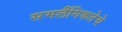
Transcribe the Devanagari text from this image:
समलैंगिकतेचे